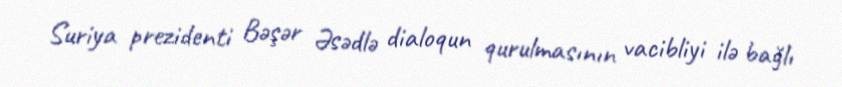
Suriya prezidenti Bəşər Əsədlə dialoqun qurulmasının vacibliyi ilə bağlı